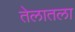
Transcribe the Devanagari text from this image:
तेलातला